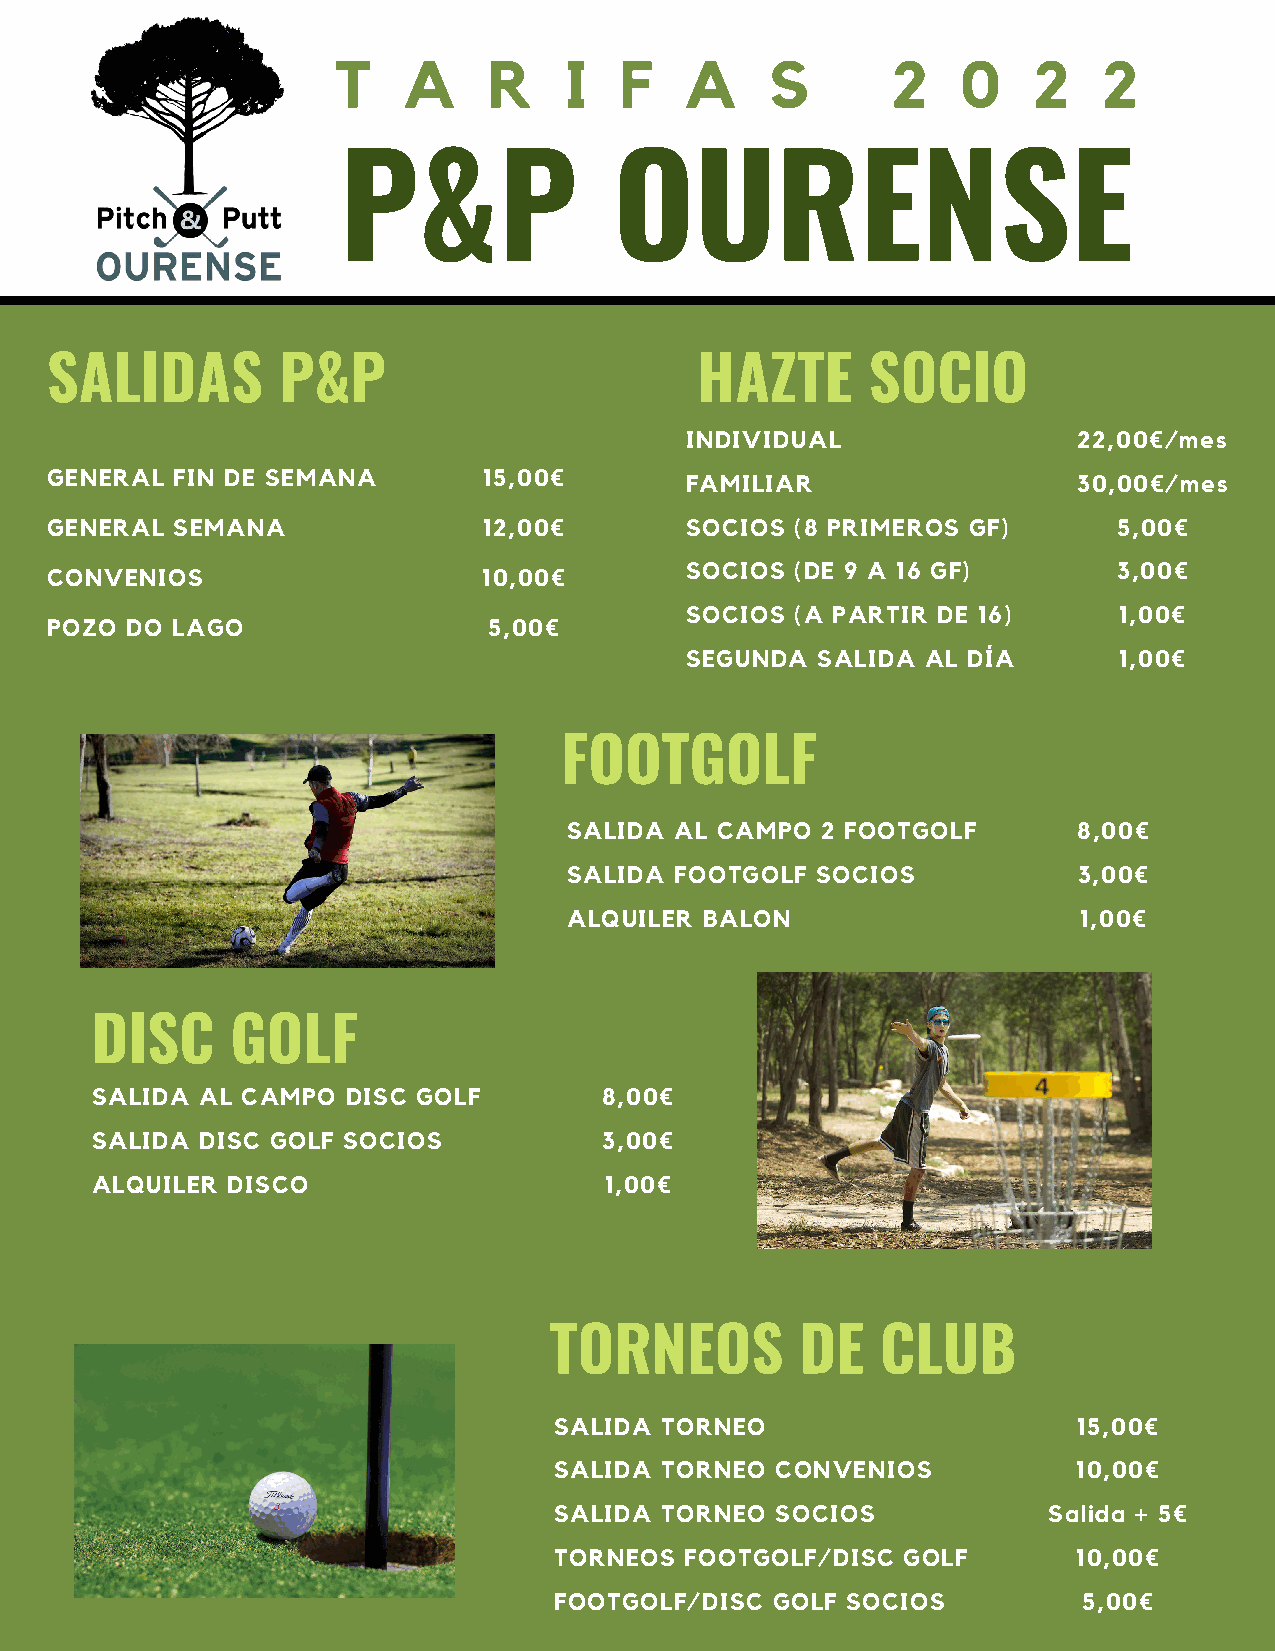
T    A    R    I   F   A     S       2    0   2    2
 P&P                OURENSE
 SALIDAS        P&P                         HAZTE       SOCIO
 INDIVIDUAL                22,00€/mes
 GENERAL FIN DE SEMANA        15,00€       FAMILIAR                  30,00€/mes
 GENERAL SEMANA               12,00€       SOCIOS  (8 PRIMEROS GF)      5,00€
 CONVENIOS                    10,00€       SOCIOS  (DE 9 A 16 GF)       3,00€
 SOCIOS  (A PARTIR DE 16)     1,00€
 POZO DO LAGO                 5,00€
 SEGUNDA  SALIDA AL DÍA       1,00€
 FOOTGOLF
 SALIDA AL CAMPO 2 FOOTGOLF       8,00€
 SALIDA FOOTGOLF SOCIOS           3,00€
 ALQUILER BALON                   1,00€
 DISC     GOLF
 SALIDA AL CAMPO  DISC GOLF        8,00€
 SALIDA DISC GOLF SOCIOS           3,00€
 ALQUILER DISCO                    1,00€
 TORNEOS          DE   CLUB
 SALIDA TORNEO                     15,00€
 SALIDA TORNEO CONVENIOS           10,00€
 SALIDA TORNEO SOCIOS            Salida + 5€
 TORNEOS FOOTGOLF/DISC  GOLF       10,00€
 FOOTGOLF/DISC GOLF SOCIOS          5,00€